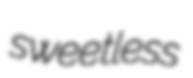
sweetless